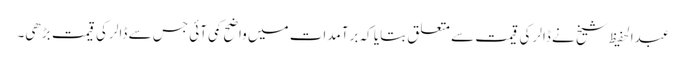
عبدالحفیظ شیخ نے ڈالر کی قیمت سے متعلق بتایا کہ برآمدات میں واضح کمی آئی جس سے ڈالر کی قیمت بڑھی۔